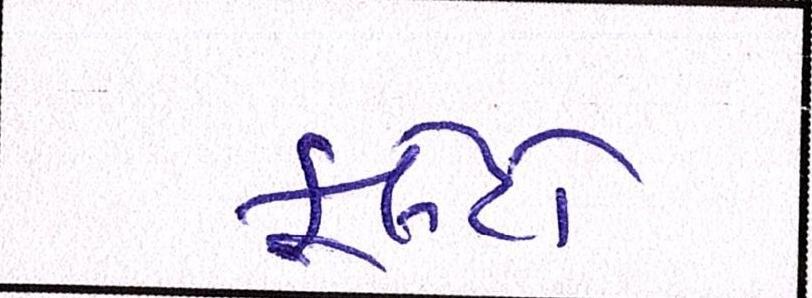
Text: ફ્લેટો